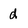
Character: d